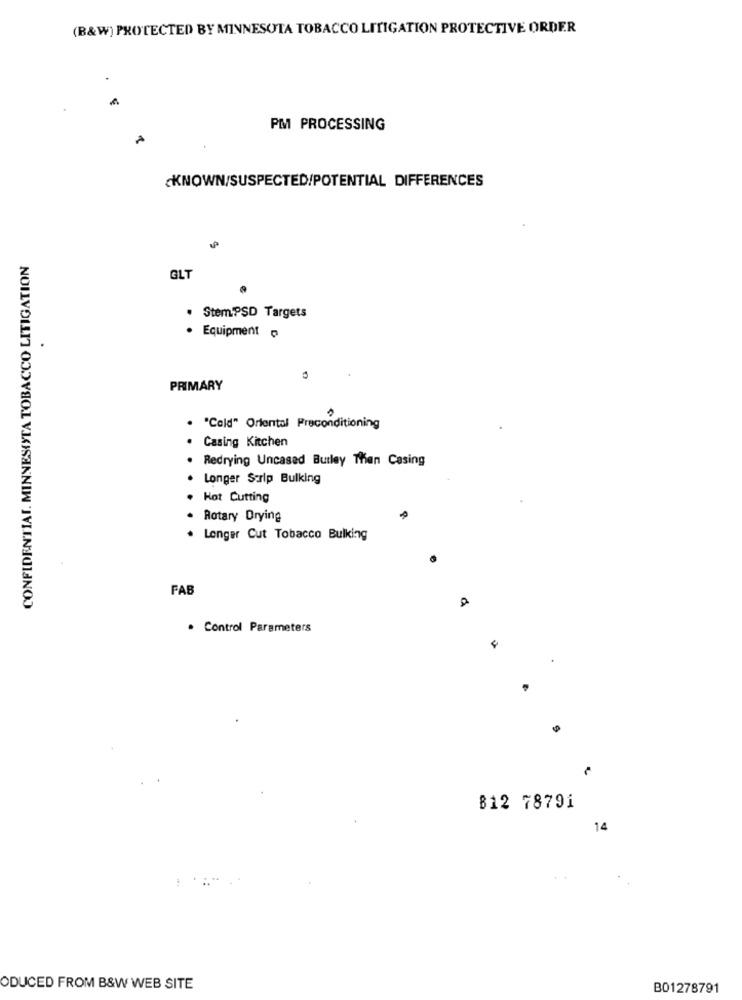
(B&W) PROTECTED BY MINNESOTA TOBACCO LITIGATION PROTECTIVE ORDER
PM PROCESSING
A
KNOWN/SUSPECTED/POTENTIAL DIFFERENCES
CONFIDENTIAL. MINNESOTA TOBACCO LITIGATION
GLT
. StemPSD Targets
· Equipment
PRIMARY
"Cold" Oriental Preconditioning
Casing Kitchen
Redrying Uncased Burley Then Casing
Longer Sarlp Bulking
Hot Cutting
Rotary Drying
Longer Cut Tobacco Bulking
FAB
. Control Parameters
812 78791
14
ODUCED FROM B&W WEB SITE
B01278791